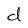
Character: d